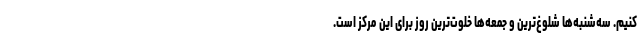
کنیم. سه‌شنبه‌ها شلوغ‌ترین و جمعه‌ها خلوت‌ترین روز برای این مرکز است.